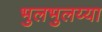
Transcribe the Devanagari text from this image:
भुलभुलय्या